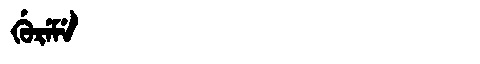
Manchu: ᡤᡠᡵᡝᠮᡝ
Romanization: GUREME